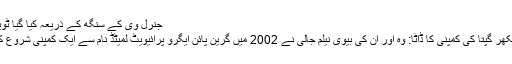
جنرل وی کے سنگھ کے ذریعہ کیا گیا ٹویٹ
شیکھر گپتا کی کمپنی کا ڈاٹا: وہ اور ان کی بیوی نیلم جالی نے 2002 میں گرین پائن ایگرو پرائیویٹ لمیٹڈ نام سے ایک کمپنی شروع کی۔